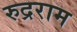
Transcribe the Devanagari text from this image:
रुद्रराम